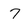
Character: 7